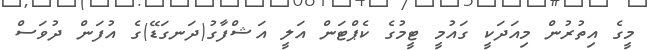
މީގެ އިތުރުން މިއަދަކީ ގައުމީ ޓީމުގެ ކެޕްޓަން އަލީ އަޝްފާގު(ދަނގަޑޭ)ގެ އުފަން ދުވަސް